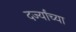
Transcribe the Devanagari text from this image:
दर्ज्यांच्या